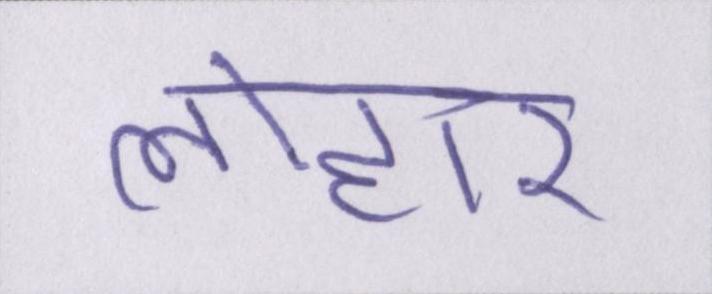
लोहार